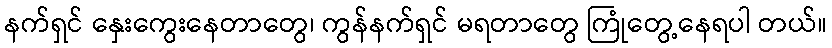
နက်ရှင် နှေးကွေးနေတာတွေ၊ ကွန်နက်ရှင် မရတာတွေ ကြုံတွေ့နေရပါ တယ်။